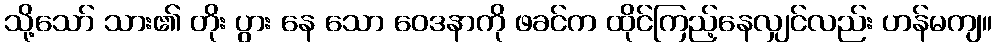
သို့သော် သား၏ တိုး ပွား နေ သော ဝေဒနာကို ဖခင်က ထိုင်ကြည့်နေလျှင်လည်း ဟန်မကျ။